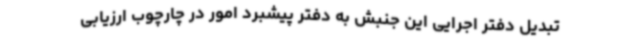
تبدیل دفتر اجرایی این جنبش به دفتر پیشبرد امور در چارچوب ارزیابی